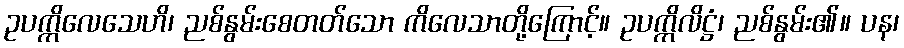
ဥပက္ကိလေသေဟိ၊ ညစ်နွမ်းစေတတ်သော ကိလေသာတို့ကြောင့်။ ဥပက္ကိလိဋ္ဌံ၊ ညစ်နွမ်း၏။ ပန၊